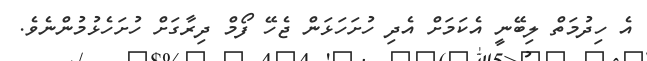
އެ ހިދުމަތް ލިބޭނީ އެކަމަށް އެދި ހުށަހަޅަން ޖެހޭ ފޯމް ދިރާގަށް ހުށަހެޅުމުންނެވެ.